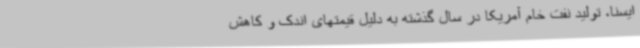
ایسنا، تولید نفت خام آمریکا در سال گذشته به دلیل قیمتهای اندک و کاهش